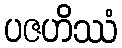
ပဇဟိဿံ